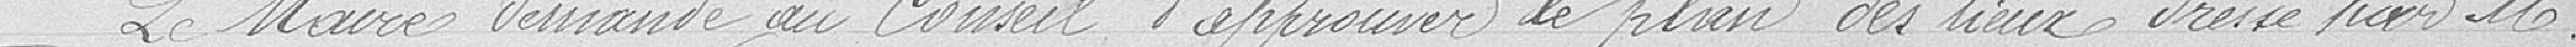
Le Maire demande au Conseil d'approuver le plan des lieux dressé par Monsieur